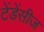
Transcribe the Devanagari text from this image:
टेंडेंसीज